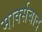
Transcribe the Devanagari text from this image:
मार्क्सबाद